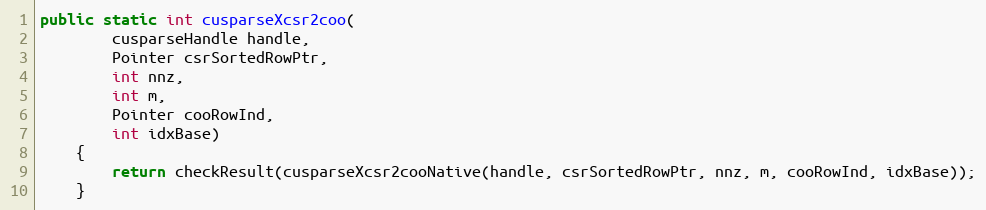
Language: Java
public static int cusparseXcsr2coo(
        cusparseHandle handle,
        Pointer csrSortedRowPtr,
        int nnz,
        int m,
        Pointer cooRowInd,
        int idxBase)
    {
        return checkResult(cusparseXcsr2cooNative(handle, csrSortedRowPtr, nnz, m, cooRowInd, idxBase));
    }